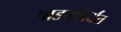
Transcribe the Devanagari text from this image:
पाड्यापर्यंत